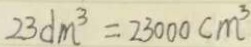
2 3 d m ^ { 3 } = 2 3 0 0 0 c m ^ { 3 }